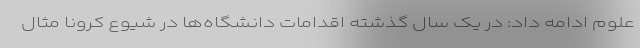
علوم ادامه داد: در یک سال گذشته اقدامات دانشگاه‌ها در شیوع کرونا مثال